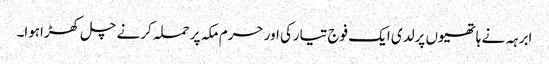
ابرہہ نے ہاتھیوں پرلدی ایک فوج تیارکی اور حرم مکہ پر حملہ کرنے چل کھڑاہوا۔